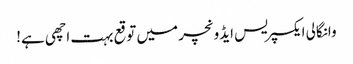
وانگالی ایکسپریس ایڈونچر میں توقع بہت اچھی ہے!